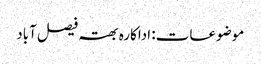
موضوعات: اداکارہ بھتہ فیصل آباد